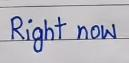
Right now